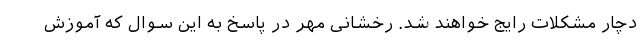
دچار مشکلات رایج خواهند شد. رخشانی مهر در پاسخ به این سوال که آموزش